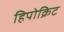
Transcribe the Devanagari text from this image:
हिपोक्रिट